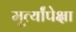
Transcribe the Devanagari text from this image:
मूर्त्यांपेक्षा